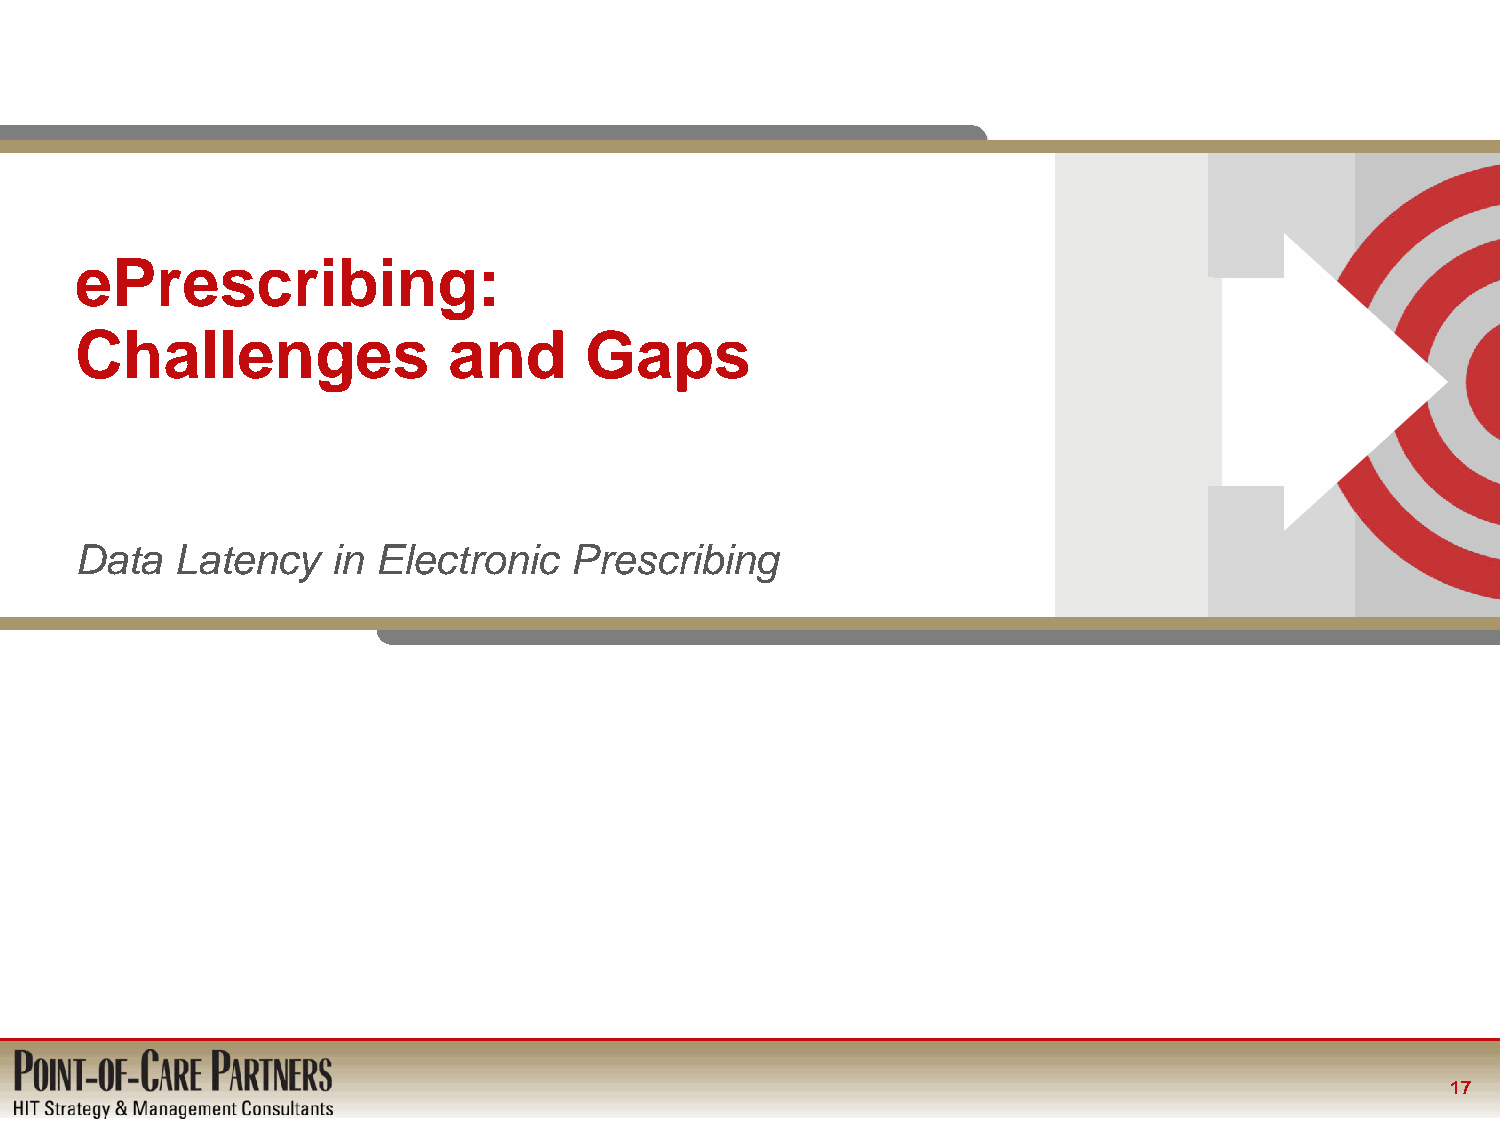
ePrescribing:
 Challenges               and      Gaps
 Data   Latency   in Electronic   Prescribing
 17